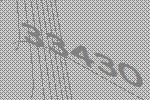
33430